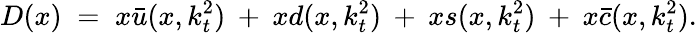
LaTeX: D(x)\; =\; x\bar{u}(x,k_{t}^{2})\: +\: xd(x,k_{t}^{2})\: +\: xs(x,k_{t}^{2})\: +\: x\bar{c}(x,k_{t}^{2}).